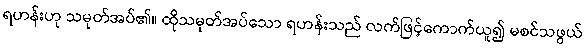
ရဟန်းဟု သမုတ်အပ်၏။ ထိုသမုတ်အပ်သော ရဟန်းသည် လက်ဖြင့်ကောက်ယူ၍ မစင်သဖွယ်